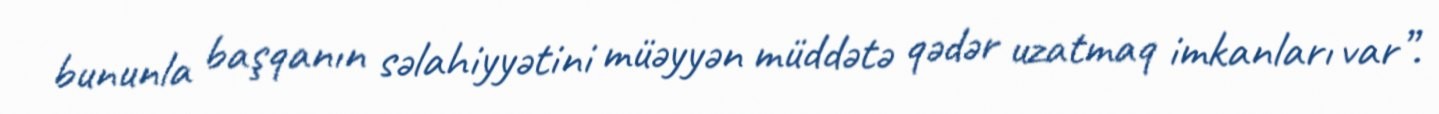
bununla başqanın səlahiyyətini müəyyən müddətə qədər uzatmaq imkanları var”.